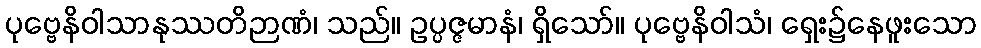
ပုဗ္ဗေနိဝါသာနုဿတိဉာဏံ၊ သည်။ ဥပ္ပဇ္ဇမာနံ၊ ရှိသော်။ ပုဗ္ဗေနိဝါသံ၊ ရှေး၌နေဖူးသော